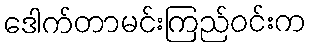
ဒေါက်တာမင်းကြည်ဝင်းက